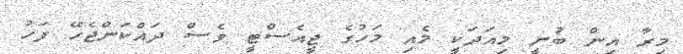
މީރާ އިން ބުނީ މިއަދަކީ މެއި މަހުގެ ޖީއެސްޓީ ވެސް ދައްކަންޖެހޭ ފަހު